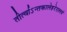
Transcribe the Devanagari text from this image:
तीर्त्वाऽन्तकालेहरेरालयं